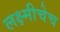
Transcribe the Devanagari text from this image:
लक्ष्मीचेच